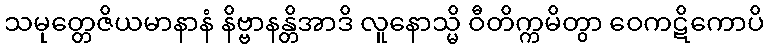
သမုတ္တေဇိယမာနာနံ နိဗ္ဗာနန္တိအာဒိ လူနောသ္မိ ဝီတိက္ကမိတွာ ဝေကဋိကောပိ